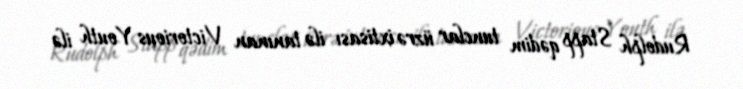
Rudolph Stapp qədim tunclar üzrə ixtisası ilə tanınan Victorious Youth ilə